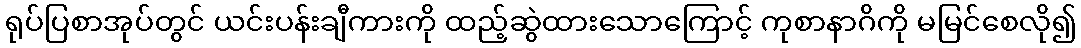
ရုပ်ပြစာအုပ်တွင် ယင်းပန်းချီကားကို ထည့်ဆွဲထားသောကြောင့် ကုစာနာဂိကို မမြင်စေလို၍